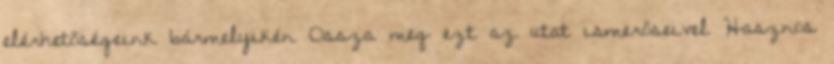
elérhetőségeink bármelyikén Ossza meg ezt az utat ismerőseivel Hasznos